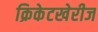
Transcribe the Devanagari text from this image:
क्रिकेटखेरीज